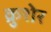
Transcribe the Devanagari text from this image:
क्रुशेर